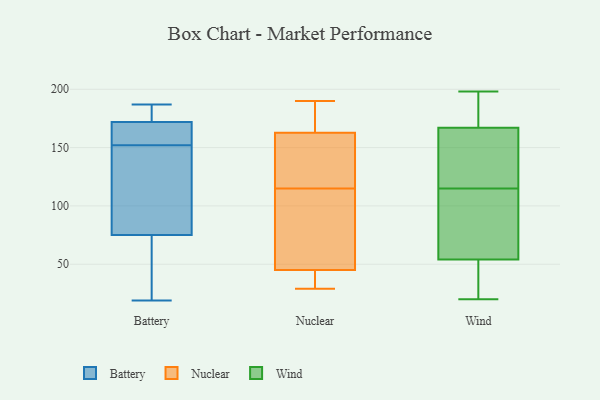
{"axis": {"x": "Net Income (USD K)", "y": "Value"}, "legend": ["Battery", "Nuclear", "Wind"], "data": [{"x": "", "y": 151, "type": "Battery"}, {"x": "", "y": 172, "type": "Battery"}, {"x": "", "y": 177, "type": "Battery"}, {"x": "", "y": 19, "type": "Battery"}, {"x": "", "y": 153, "type": "Battery"}, {"x": "", "y": 167, "type": "Battery"}, {"x": "", "y": 106, "type": "Battery"}, {"x": "", "y": 21, "type": "Battery"}, {"x": "", "y": 187, "type": "Battery"}, {"x": "", "y": 75, "type": "Battery"}, {"x": "", "y": 42, "type": "Nuclear"}, {"x": "", "y": 126, "type": "Nuclear"}, {"x": "", "y": 29, "type": "Nuclear"}, {"x": "", "y": 113, "type": "Nuclear"}, {"x": "", "y": 175, "type": "Nuclear"}, {"x": "", "y": 116, "type": "Nuclear"}, {"x": "", "y": 30, "type": "Nuclear"}, {"x": "", "y": 54, "type": "Nuclear"}, {"x": "", "y": 115, "type": "Nuclear"}, {"x": "", "y": 190, "type": "Nuclear"}, {"x": "", "y": 190, "type": "Nuclear"}, {"x": "", "y": 85, "type": "Wind"}, {"x": "", "y": 20, "type": "Wind"}, {"x": "", "y": 167, "type": "Wind"}, {"x": "", "y": 188, "type": "Wind"}, {"x": "", "y": 190, "type": "Wind"}, {"x": "", "y": 42, "type": "Wind"}, {"x": "", "y": 112, "type": "Wind"}, {"x": "", "y": 149, "type": "Wind"}, {"x": "", "y": 198, "type": "Wind"}, {"x": "", "y": 119, "type": "Wind"}, {"x": "", "y": 118, "type": "Wind"}, {"x": "", "y": 53, "type": "Wind"}, {"x": "", "y": 54, "type": "Wind"}, {"x": "", "y": 111, "type": "Wind"}]}